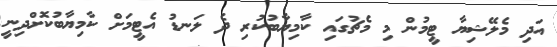
އަދި މެލޭޝިޔާ ޓީމުން މި މެޗުގައި ކާމިޔާބުކުރި ދެ ލަނޑު އެޓީމަށް ކާމިޔާބުކޮށްދިނީ